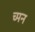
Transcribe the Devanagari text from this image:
च्मन